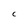
Character: C